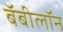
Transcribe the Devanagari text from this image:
बॅबीलॉन